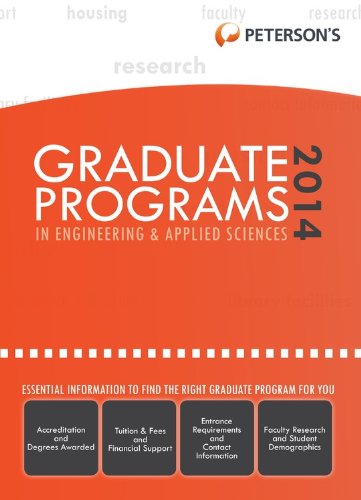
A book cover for Graduate Programs in Engineering & Applied Sciences 2014 (Grad 5) (Peterson's Graduate Programs in Engineering & Applied Sciences (Book 5)); Peterson's; Education & Teaching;